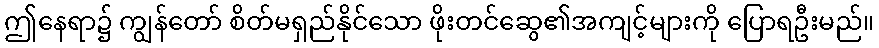
ဤနေရာ၌ ကျွန်တော် စိတ်မရှည်နိုင်သော ဖိုးတင်ဆွေ၏အကျင့်များကို ပြောရဦးမည်။